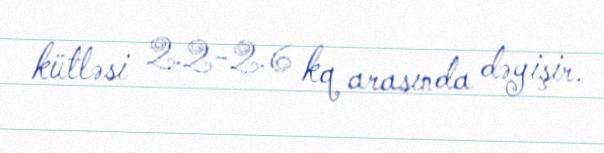
kütləsi 2.2-2.6 kq arasında dəyişir.